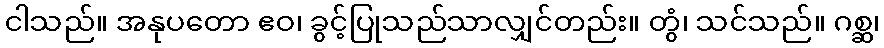
ငါသည်။ အနုပတော ဧဝ၊ ခွင့်ပြုသည်သာလျှင်တည်း။ တွံ၊ သင်သည်။ ဂစ္ဆ၊